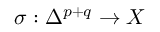
\sigma : \Delta ^ { p + q } \rightarrow X